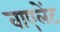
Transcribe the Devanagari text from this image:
वाएलेंट